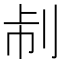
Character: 𠛯